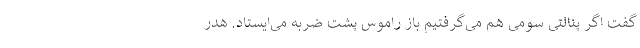
گفت اگر پنالتی سومی هم می‌گرفتیم باز راموس پشت ضربه می‌ایستاد. هدر